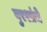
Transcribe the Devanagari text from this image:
बुरशांचे